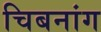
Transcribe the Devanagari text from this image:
चिबनांग